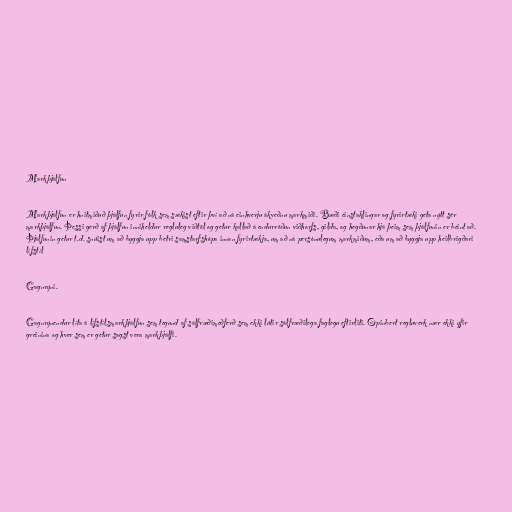
Markþjálfun

Markþjálfun er hnitmiðuð þjálfun fyrir fólk sem sækist eftir því að ná einhverju ákveðnu markmiði. Bæði einstaklingar og fyrirtæki geta nýtt sér
markþjálfun. Þessi gerð af þjálfun inniheldur regluleg viðtöl og getur kallað á endurröðun viðhorfs, gilda, og hegðunar hjá þeim sem þjálfunin er beint að.
Þjálfunin getur t.d. snúist um að byggja upp betri samstarfshópa innan fyrirtækja, um að ná persónulegum markmiðum, eða um að byggja upp heilbrigðari
lífstíl

Gagnrýni.

Gagnrýnendur líta á lífstílsmarkþjálfun sem tegund af sálfræðimeðferð sem ekki lútir sálfræðilega faglegu eftirliti. Opinbert regluverk nær ekki yfir
greinina og hver sem er getur sagst vera markþjálfi.